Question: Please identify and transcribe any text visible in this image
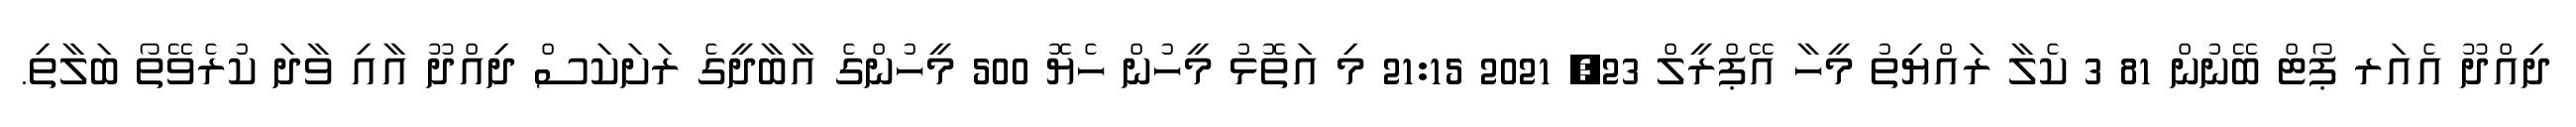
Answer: ދިއްދޫ އެއަރ ޕޯޓް ބޭނުން 81 3 ކެލާ ރައްޔިތު މީހާ އޭޕްރީލް 23, 2021 21:15 މި އަތޮޅު މީހުން ހެޔޮ 500 މީހުންގެ އާބާދީގެ ރަށަކަސް ދިއްދޫ އާއި ވާދަ ކުރެވޭތޯ ބަލާތި.